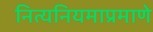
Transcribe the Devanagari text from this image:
नित्यनियमाप्रमाणे